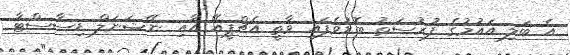
އެ ބަލި އައުމުގެ ފުރުސަތު ބޮޑުވެފައި ވާތީ އެޗްޕީއޭ އާއި ނޭޝަނަލް ޑިސާސްޓާ